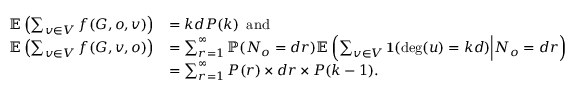
\begin{array} { r l } { \mathbb { E } \left( \sum _ { v \in V } f ( G , o , v ) \right) } & { = k d P ( k ) \, \, \, \mathrm { a n d } } \\ { \mathbb { E } \left( \sum _ { v \in V } f ( G , v , o ) \right) } & { = \sum _ { r = 1 } ^ { \infty } \mathbb { P } ( N _ { o } = d r ) \mathbb { E } \left( \sum _ { v \in V } \mathbf { 1 } ( \deg ( u ) = k d ) \Big | N _ { o } = d r \right) } \\ & { = \sum _ { r = 1 } ^ { \infty } P ( r ) \times d r \times P ( k - 1 ) . } \end{array}